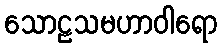
သောဠသမဟာဝါရော